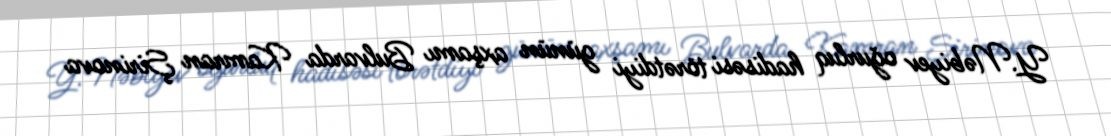
Y.Nəbiyev oğurluq hadisəsi törətdiyi günün axşamı Bulvarda Kamran Şirinova